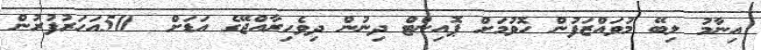
އިނާމު ލިބޭ މުވައްޒަފުން ހޮވުމަށް ޕޮއިންޓް ދިނުން ދިވެހިރާއްޖޭގެ އަޑަށް  50އަހަރުފުރުން